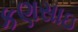
કણસાઇ